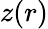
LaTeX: z(r)